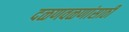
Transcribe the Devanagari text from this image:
दळणवळणांसाठी